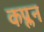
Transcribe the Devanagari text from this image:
कप्लन